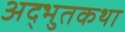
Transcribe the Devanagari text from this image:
अद्भुतकथा